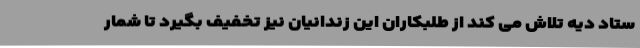
ستاد دیه تلاش می کند از طلبکاران این زندانیان نیز تخفیف بگیرد تا شمار